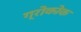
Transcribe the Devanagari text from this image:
ग्रोकोक